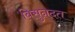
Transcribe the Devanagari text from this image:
बिसुनदत